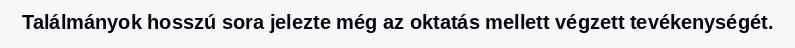
Találmányok hosszú sora jelezte még az oktatás mellett végzett tevékenységét.